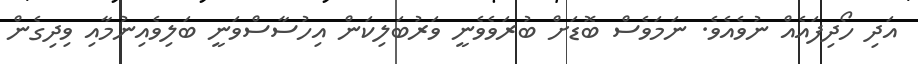
އަދި ހޯދިފައެއް ނުވެއެވެ. ނަމަވެސް ބޮޑަށް ބުރަވެވެނީ ވަރުބަލިކަން އިހުސާސްވަނީ ބަލިވެއިނުމާއި ވިދިގެން